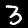
Digit: 3